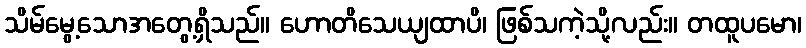
သိမ်မွေ့သောအတွေ့ရှိသည်။ ဟောတိသေယျထာပိ၊ ဖြစ်သကဲ့သို့လည်း။ တထူပမော၊